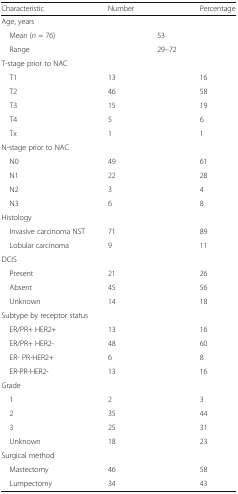
<table><thead><tr><td><b>Characteristic</b></td><td><b>Number</b></td><td></td><td><b>Percentage</b></td></tr></thead><tbody><tr><td colspan="4">Age, years</td></tr><tr><td> Mean (<i>n</i> = 76)</td><td></td><td>53</td><td></td></tr><tr><td> Range</td><td></td><td>29–72</td><td></td></tr><tr><td colspan="4">T-stage prior to NAC</td></tr><tr><td> T1</td><td>13</td><td></td><td>16</td></tr><tr><td> T2</td><td>46</td><td></td><td>58</td></tr><tr><td> T3</td><td>15</td><td></td><td>19</td></tr><tr><td> T4</td><td>5</td><td></td><td>6</td></tr><tr><td> Tx</td><td>1</td><td></td><td>1</td></tr><tr><td colspan="4">N-stage prior to NAC</td></tr><tr><td> N0</td><td>49</td><td></td><td>61</td></tr><tr><td> N1</td><td>22</td><td></td><td>28</td></tr><tr><td> N2</td><td>3</td><td></td><td>4</td></tr><tr><td> N3</td><td>6</td><td></td><td>8</td></tr><tr><td colspan="4">Histology</td></tr><tr><td> Invasive carcinoma NST</td><td>71</td><td></td><td>89</td></tr><tr><td> Lobular carcinoma</td><td>9</td><td></td><td>11</td></tr><tr><td colspan="4">DCIS</td></tr><tr><td> Present</td><td>21</td><td></td><td>26</td></tr><tr><td> Absent</td><td>45</td><td></td><td>56</td></tr><tr><td> Unknown</td><td>14</td><td></td><td>18</td></tr><tr><td colspan="4">Subtype by receptor status</td></tr><tr><td> ER/PR+ HER2+</td><td>13</td><td></td><td>16</td></tr><tr><td> ER/PR+ HER2-</td><td>48</td><td></td><td>60</td></tr><tr><td> ER- PR-HER2+</td><td>6</td><td></td><td>8</td></tr><tr><td> ER-PR-HER2-</td><td>13</td><td></td><td>16</td></tr><tr><td colspan="4">Grade</td></tr><tr><td> 1</td><td>2</td><td></td><td>3</td></tr><tr><td> 2</td><td>35</td><td></td><td>44</td></tr><tr><td> 3</td><td>25</td><td></td><td>31</td></tr><tr><td> Unknown</td><td>18</td><td></td><td>23</td></tr><tr><td colspan="4">Surgical method</td></tr><tr><td> Mastectomy</td><td>46</td><td></td><td>58</td></tr><tr><td> Lumpectomy</td><td>34</td><td></td><td>43</td></tr></tbody></table>